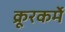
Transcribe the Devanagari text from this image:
क्रूरकर्मे